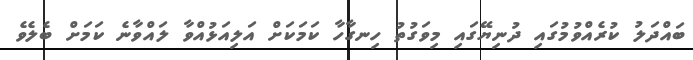
ބައްދަލު ކުރެއްވުމުގައި ދުނިޔޭގައި މިވަގުތު ހިނގާހާ ކަމަކަށް އަލިއަޅުއްވާ ލައްވާނެ ކަމަށް ބެލެވެ